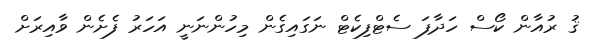
ޤު ރުއާން ކޯސް ހަދާފަ ސެޓްފިކެޓް ނަގައިގެން މިހުންނަނީ އަހަރު ފެށެން ވާއިރަށް